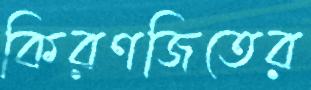
কিরণজিতের